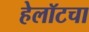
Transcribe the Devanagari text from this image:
हेलॉटचा